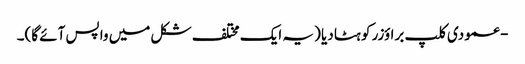
- عمودی کلپ براؤزر کو ہٹا دیا (یہ ایک مختلف شکل میں واپس آئے گا)۔